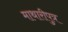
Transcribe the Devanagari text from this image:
माथारीपुत्र